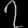
Digit: ၇